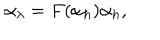
\alpha _ { \lambda } = F ( \alpha _ { h } ) \alpha _ { h } ,